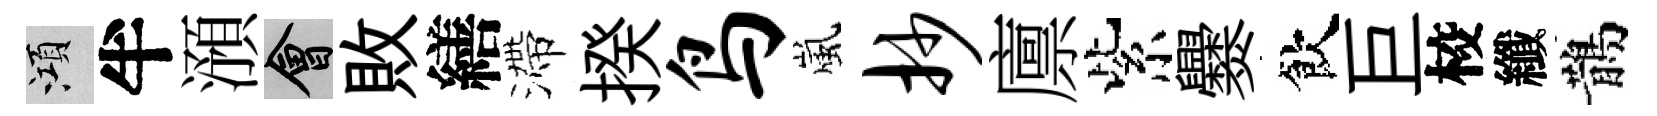
澒半澦會敗繕滯揆鸟嵐抄廪紫爨飲巨校纖鵲